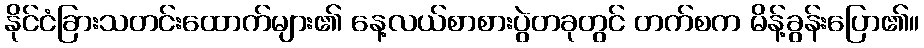
နိုင်ငံခြားသတင်းထောက်များ၏ နေ့လယ်စာစားပွဲတခုတွင် တက်စက မိန့်ခွန်းပြော၏။